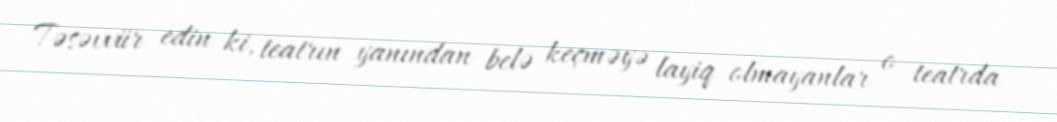
Təsəvvür edin ki, teatrın yanından belə keçməyə layiq olmayanlar o teatrda